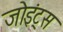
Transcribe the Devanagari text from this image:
जोइंट्स